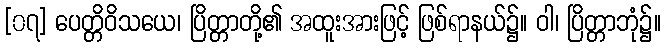
[၀၇] ပေတ္တိဝိသယေ၊ ပြိတ္တာတို့၏ အထူးအားဖြင့် ဖြစ်ရာနယ်၌။ ဝါ၊ ပြိတ္တာဘုံ၌။